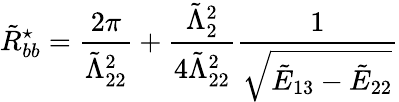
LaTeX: \tilde{R}_{bb}^{\star}=\frac{2\pi}{\tilde{\Lambda}_{22}^{2}}+\frac{\tilde{\Lambda}_{2}^{2}}{4\tilde{\Lambda}_{22}^{2}}\frac{1}{\sqrt{\tilde{E}_{13}-\tilde{E}_{22}}}